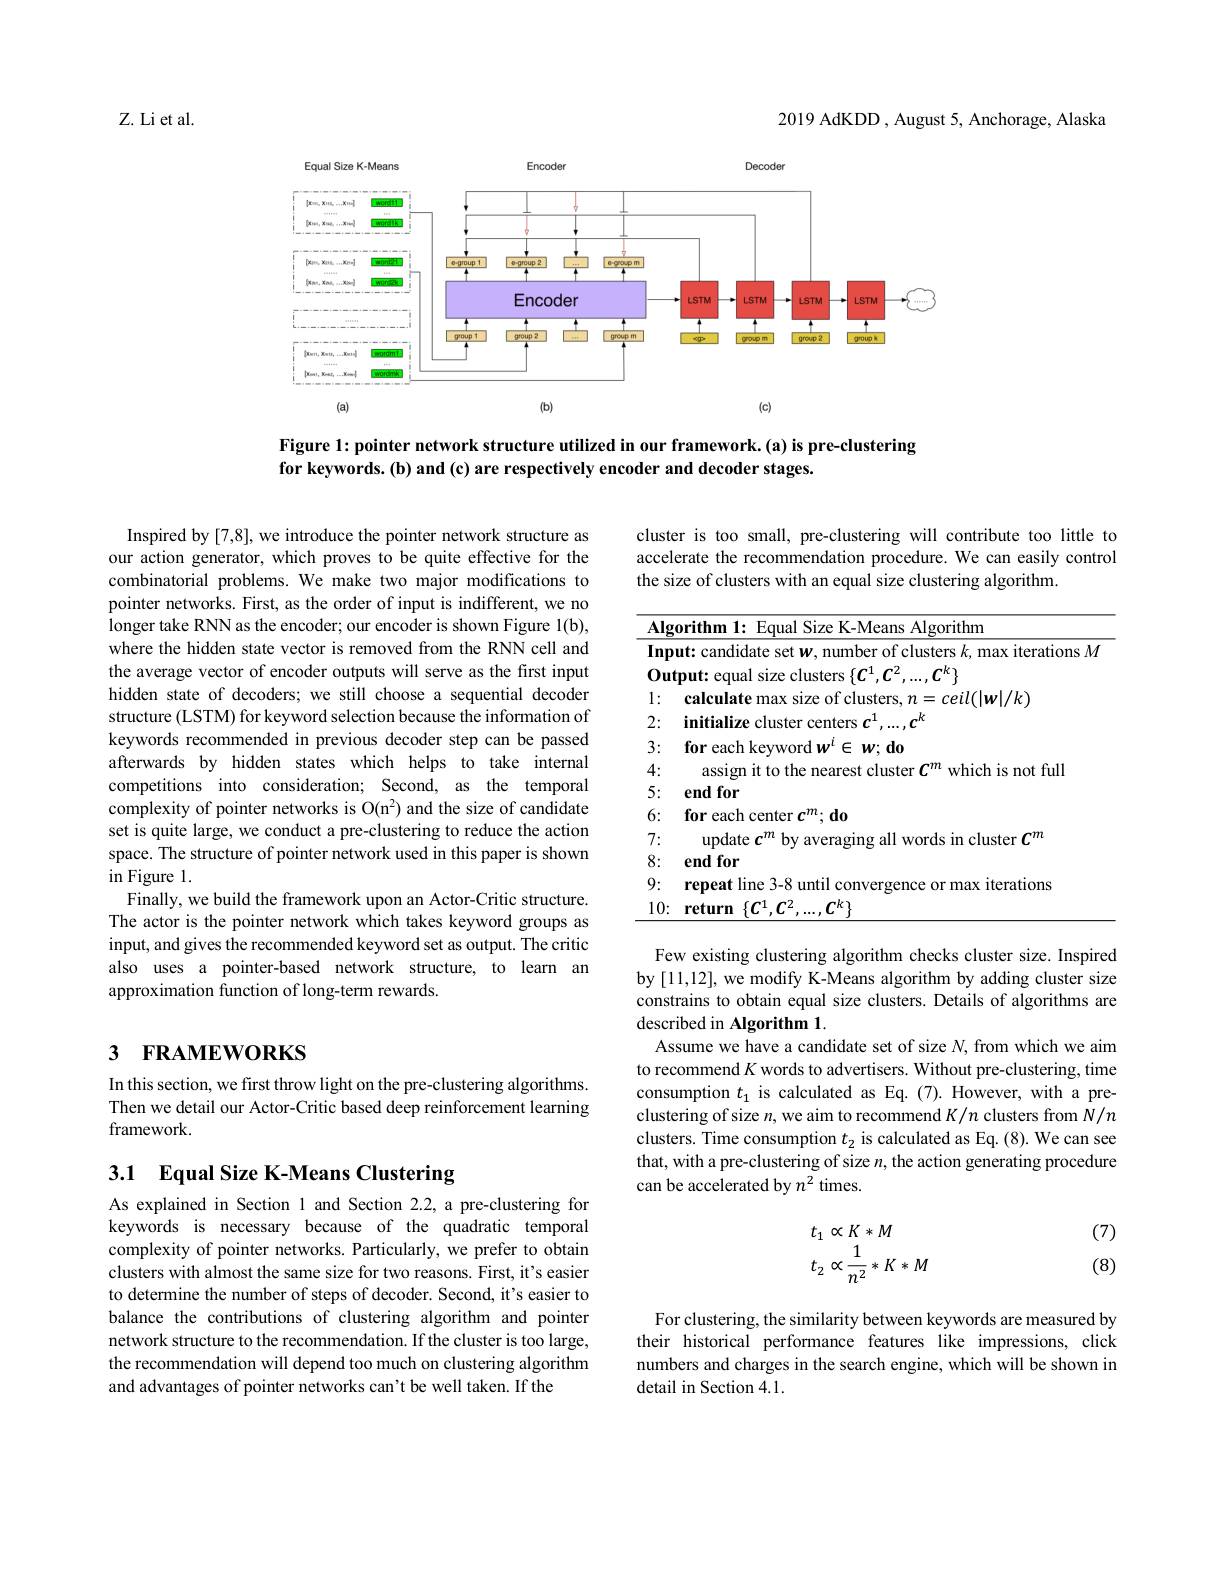
2019 AdKDD , August 5, Anchorage, Alaska

Z. Li et al.

<FigureHere>

Figure 1: pointer network structure utilized in our framework.(a) is pre-clustering
for keywords. (b) and (c) are respectively encoder and decoder stages.

Inspired by [7,8], we introduce the pointer network structure as our action generator, which proves to be quite effective for the combinatorial problems. We make two major modifications to pointer networks. First, as the order of input is indifferent, we no longer take RNN as the encoder; our encoder is shown Figure 1(b), where the hidden state vector is removed from the RNN cell and the average vector of encoder outputs will serve as the first input hidden state of decoders; we still choose a sequential decoder structure (LSTM) for keyword selection because the information of keywords recommended in previous decoder step can be passed afterwards by hidden states which helps to take internal competitions into consideration; Second, as the temporal complexity of pointer networks is O(n$^2)$ and the size of candidate set is quite large, we conduct a pre-clustering to reduce the action space. The structure of pointer network used in this paper is shown in Figure l.
Finally, we build the framework upon an Actor-Critic structure. The actor is the pointer network which takes keyword groups as input, and gives the recommended keyword set as output. The critic also uses a pointer-based network structure, to learn an approximation function of long-term rewards.

# 3 FRAMEWORKS

In this section, we first throw light on the pre-clustering algorithms. Then we detail our Actor-Critic based deep reinforcement learning framework.

3.1 Equal Size K-Means Clustering

As explained in Section l and Section 2.2, a pre-clustering for keywords is necessary because of the quadratic temporal complexity of pointer networks. Particularly, we prefer to obtain clusters with almost the same size for two reasons. First, it's easier to determine the number of steps of decoder. Second, it's easier to balance the contributions of clustering algorithm and pointer network structure to the recommendation. If the cluster is too large, the recommendation will depend too much on clustering algorithm and advantages of pointer networks can't be well taken. If the

cluster is too small, pre-clustering will contribute too little to accelerate the recommendation procedure. We can easily control the size of clusters with an equal size clustering algorithm.

<table>
	<tbody>
		<tr>
			<td>$\overline{\mathbf{Alg}}$</td>
			<td>Algorithm $\mathbf{fhm}$ FOIIA</td>
		</tr>
		<tr>
			<td>Inp T T 112 </td>
			<td> </td>
		</tr>
		<tr>
			<td>$0_{\mathbf{l}}$ 'u</td>
			<td> </td>
		</tr>
		<tr>
			<td>1 $e$ 6</td>
			<td>$ceil(|w|/k)$</td>
		</tr>
		<tr>
			<td>2:</td>
			<td>$k$ initialize</td>
		</tr>
		<tr>
			<td>3: 1 1 1</td>
			<td>$w;d_{0}$ for each E</td>
		</tr>
		<tr>
			<td>1. 1 </td>
			<td>$^{\bullet}1$ which is not full assion ito the clister T</td>
		</tr>
		<tr>
			<td>5: </td>
			<td>end for</td>
		</tr>
		<tr>
			<td>6:</td>
			<td>for each center $c^m;\mathbf{do}$</td>
		</tr>
		<tr>
			<td>7: 1</td>
			<td>lindata</td>
		</tr>
		<tr>
			<td>8:</td>
			<td>end for</td>
		</tr>
		<tr>
			<td>9: 1 1 1 </td>
			<td>$\{-X$ max iterations YAMPAT $r|1ne$ </td>
		</tr>
		<tr>
			<td>10:</td>
			<td>$\neg k\}$ return 11</td>
		</tr>
	</tbody>
</table>

Few existing clustering algorithm checks cluster size. Inspired by [11,12],we modify K-Means algorithm by adding cluster size constrains to obtain equal size clusters. Details of algorithms are described in Algorithm 1.
Assume we have a candidate set of size $N$, from which we aim to recommend $K$ words to advertisers. Without pre-clustering, time consumption $t_1$ is calculated as Eq.(7).However, with a preclustering of size $n$, we aim to recommend $K/n$ clusters from $N/n$ clusters. Time consumption $t_2$ is calculated as Eq.(8). We can see that, with a pre-clustering of size $n$, the action generating procedure can be accelerated by $n^2$ times.

(7)

(8)
$$\begin{array}{l}t_1\propto K*M\\t_2\propto\frac{1}{n^2}*K*M\end{array}$$
For clustering, the similarity between keywords are measured by their historical performance features like impressions, click numbers and charges in the search engine, which will be shown in detail in Section 4.1.